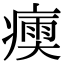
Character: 𤹶